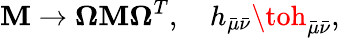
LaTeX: {\cal\mathbf{M}}\to{\mathbf{\Omega}}{\cal\mathbf{M}}{\mathbf{\Omega}}^{T},\ \ \ \ h_{\bar{{\mu}}\bar{{\nu}}}\toh_{\bar{{\mu}}\bar{{\nu}}},